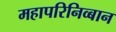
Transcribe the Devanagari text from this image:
महापरिनिव्बान